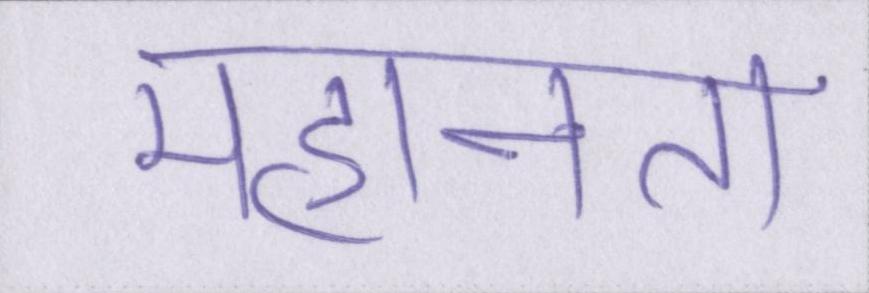
महानता